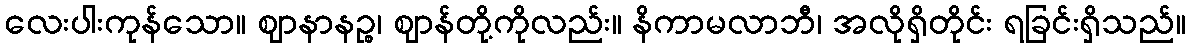
လေးပါးကုန်သော။ ဈာနာနဉ္စ၊ ဈာန်တို့ကိုလည်း။ နိကာမလာဘီ၊ အလိုရှိတိုင်း ရခြင်းရှိသည်။